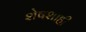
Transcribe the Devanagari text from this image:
शेषशाही